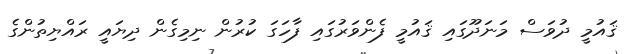
ޤައުމީ ދުވަސް މަނަދޫގައި ޤައުމީ ފެންވަރުގައި ފާހަގަ ކުރުން ނިމިގެން ދިޔައީ ރައްޔިތުންގެ